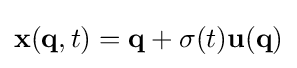
\mathbf {x} (\mathbf {q} ,t)=\mathbf {q} +\sigma (t)\mathbf {u} (\mathbf {q} )